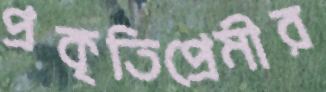
প্রকৃতিপ্রেমীর